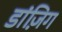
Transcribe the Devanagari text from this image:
डांज़िग